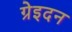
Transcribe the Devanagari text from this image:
ग्रेइदन